画像に写った文字を読んでください
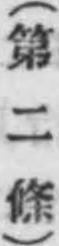
「(第二條)」と書いてあります